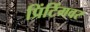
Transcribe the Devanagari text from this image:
प्रिंटिंगवर